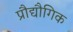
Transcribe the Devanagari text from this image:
प्रौद्यौगिक